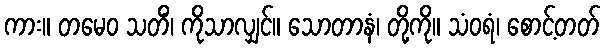
ကား။ တမေဝ သတိံ၊ ကိုသာလျှင်။ သောတာနံ၊ တို့ကို။ သံဝရံ၊ စောင့်တတ်